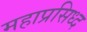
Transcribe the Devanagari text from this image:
महाप्रसिध्द